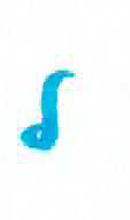
אות: ל